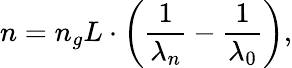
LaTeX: n=n_{g}L\cdot\left(\frac{1}{\lambda_{n}}-\frac{1}{\lambda_{0}}\right),